65_HS1-834228961_62-HQ-83894_Section_6
Agency: FBI
Page 103
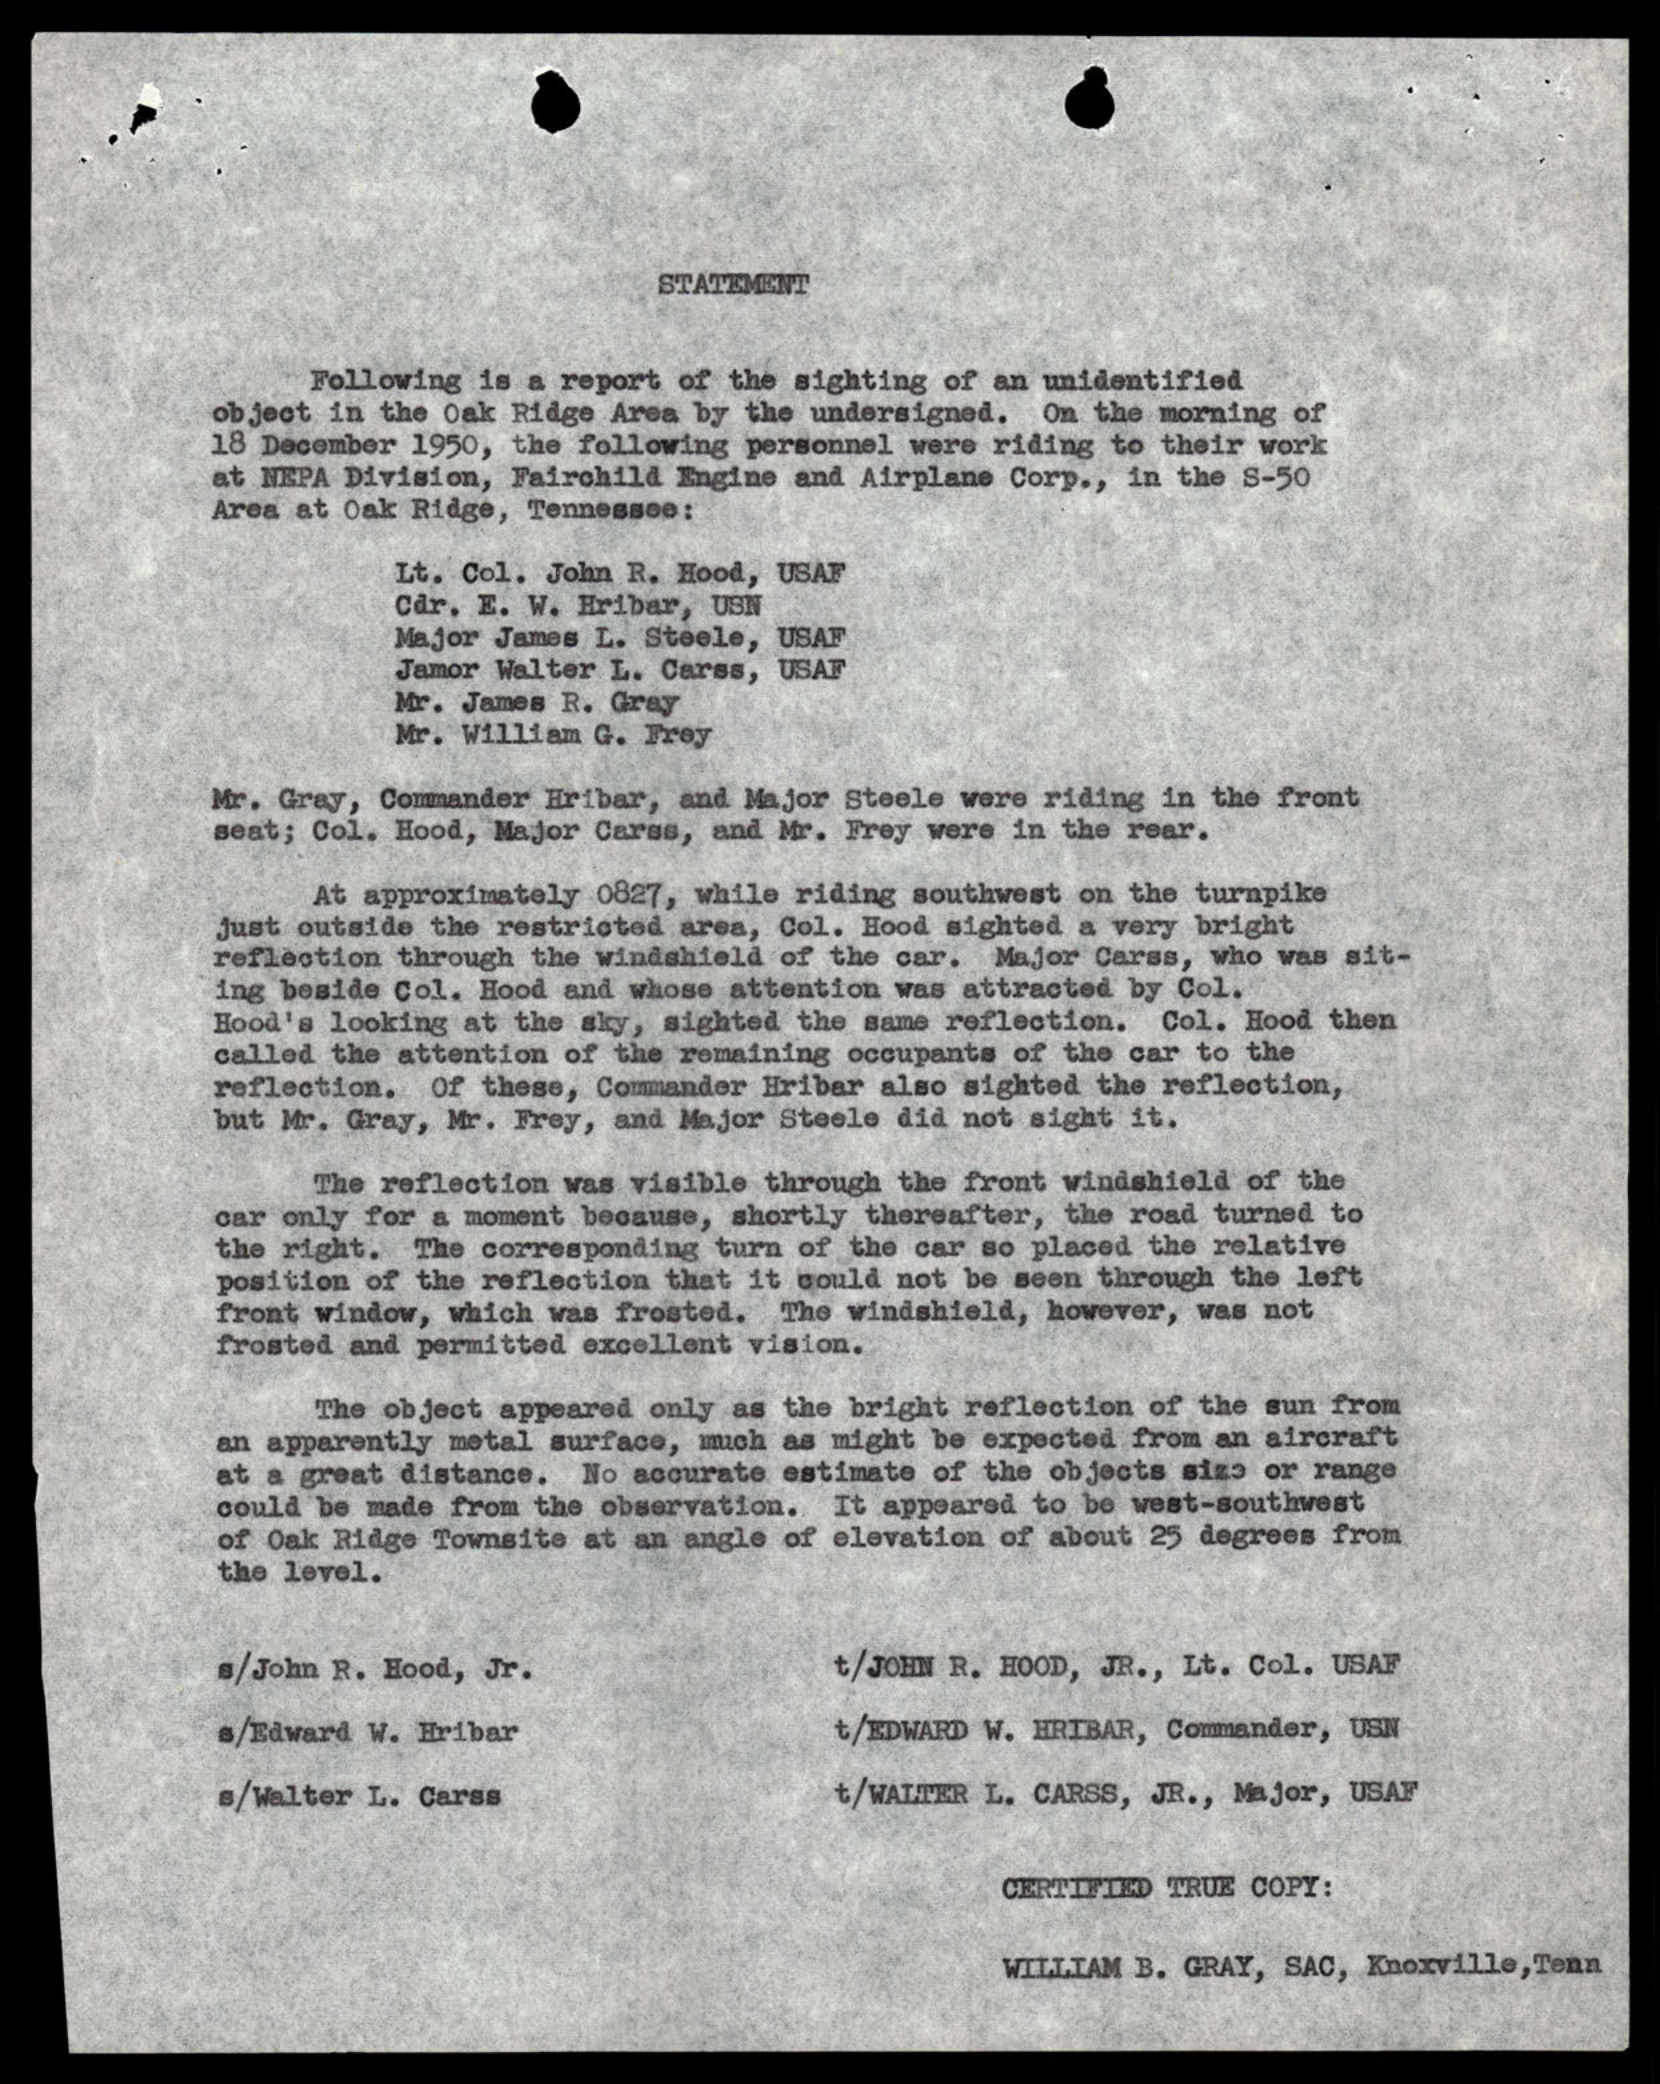